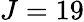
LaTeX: J=19